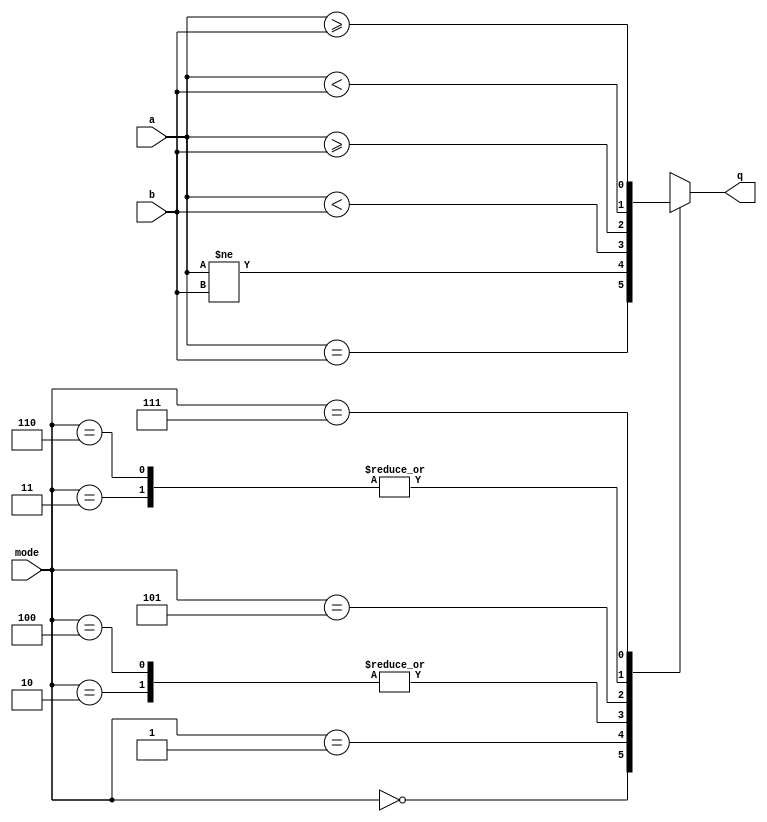
module cmp (
    input wire [31:0] a,
    input wire [31:0] b,
    input wire [2:0] mode,
    output reg q
);
    
    always @* begin
        case (mode)
            3'b000:         q <= a == b; // EQ
            3'b001:         q <= a != b; // NEQ
            3'b100, 3'b010: q <= $signed(a) < $signed(b);  // LT
            3'b101:         q <= $signed(a) >= $signed(b); // GE
            3'b110, 3'b011: q <= a < b;  // LTU
            3'b111:         q <= a >= b; // GEU
        endcase
    end
endmodule